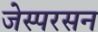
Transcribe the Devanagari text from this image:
जेस्परसन